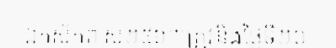
ឯកស័កព.ស២៥៦៣ត្រូវនិងថ្ងៃទី២០